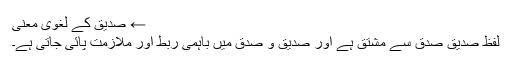
← صدیق کے لغوی معنی
لفظِ صدیق صِدۡق سے مشتق ہے اور صدیق و صدق میں باہمی ربط اور ملازمت پائی جاتی ہے۔